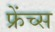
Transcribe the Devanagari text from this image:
फ्रेंच्स